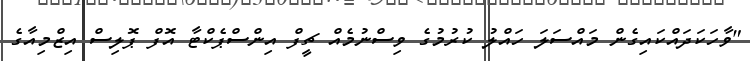
"ވާހަކަދައްކައިގެން މައްސަލަ ހައްލު ކުރުމުގެ ވިސްނުމެއް ޗީފް އިންސްޕެކްޓާ އޮފް ޕޮލިސް އިޒްމިއާގެ